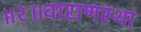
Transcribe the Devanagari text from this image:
॥२॥वाराणस्थां